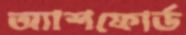
অ্যাশফোর্ড